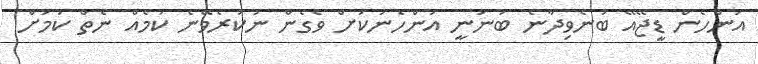
އަންހެން ޑީޖޭއޭ ބުނެވިދާނެ ބުނަނީ އަންހެނަކަށް ވެގެން ނުކުރެވޭނެ ކަމެއް ނެތް ކަމަށް